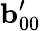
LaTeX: \mathbf{b}_{00}^{\prime}